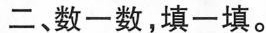
二、数一数，填一填。